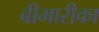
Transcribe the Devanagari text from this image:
बीमारीका